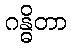
ဂန္ဓိတာ